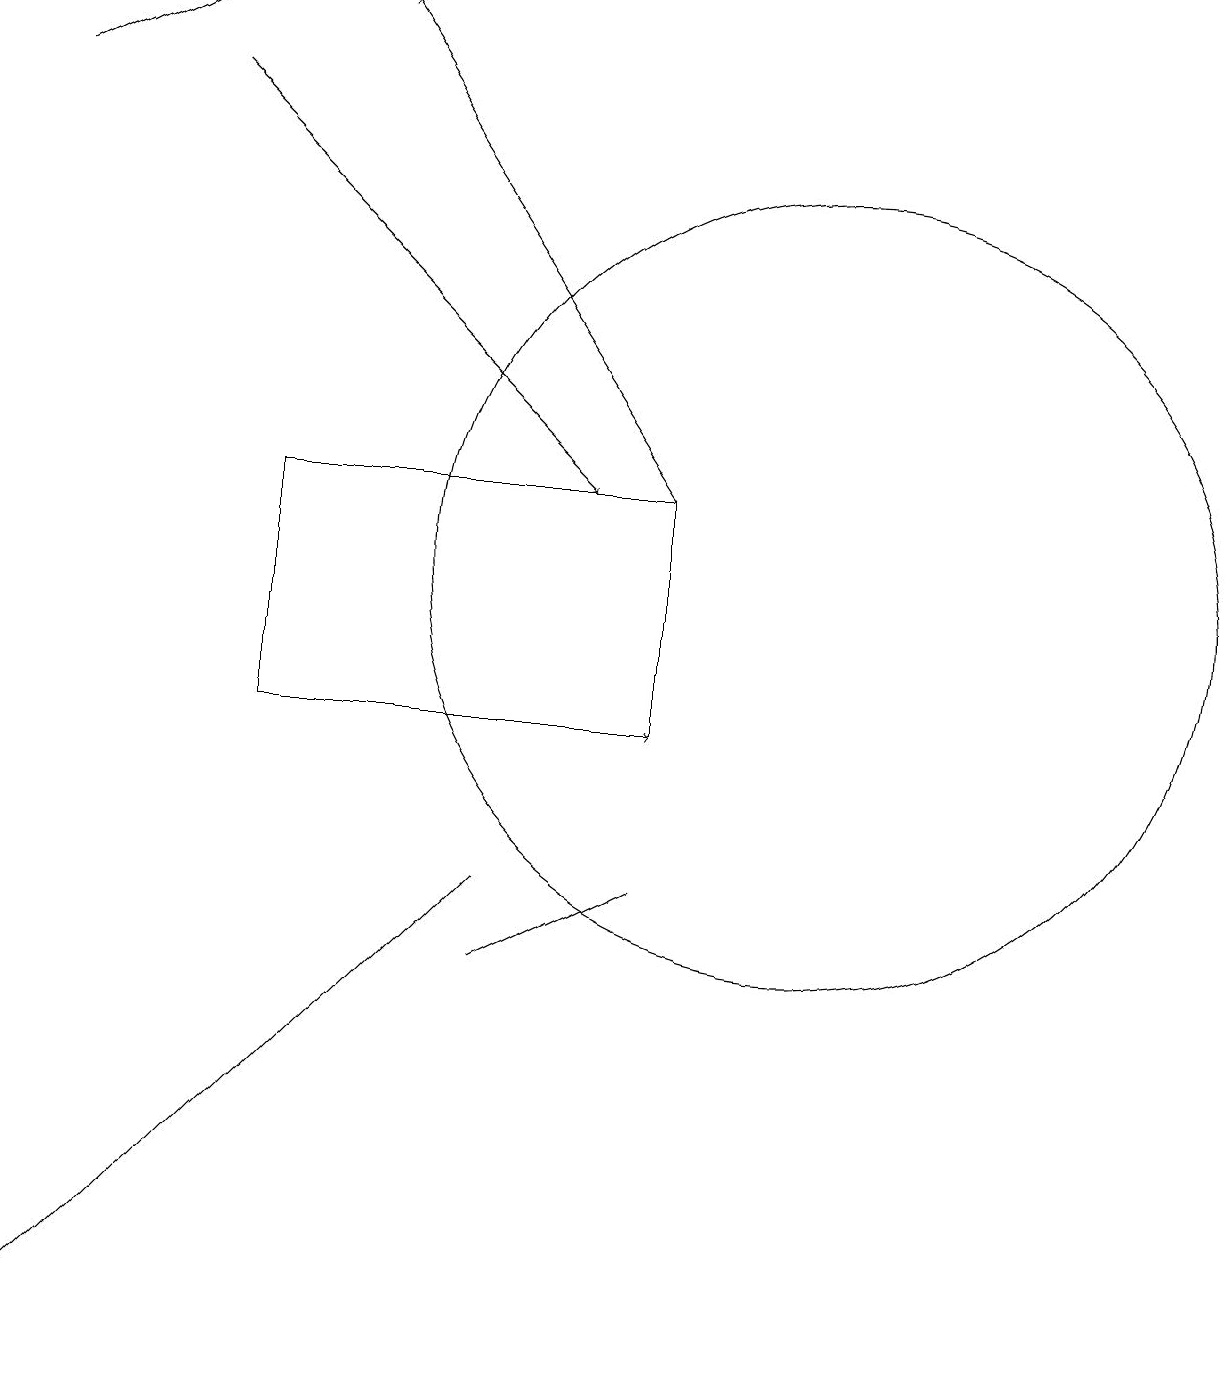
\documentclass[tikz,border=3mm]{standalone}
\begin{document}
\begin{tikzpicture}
\draw (7,8) -- (1,2) -- (2,3) -- cycle;
\draw[->] (3,18) -- (8,13);
\draw (9,10) rectangle (4,13);
\draw[->] (4,10) -- (9,10);
\draw (11,12) circle (5);
\draw (7,7) -- (9,8) -- (7,7) -- cycle;
\draw[->] (1,18) -- (3,19);
\draw[->] (9,13) -- (5,19);
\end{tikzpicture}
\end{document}